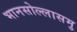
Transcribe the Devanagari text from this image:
भानसोल्लासमु